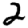
Digit: 2